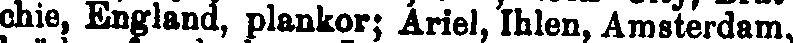
chie, England, plankor; Ariel, Ihlen, Amsterdam,